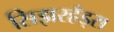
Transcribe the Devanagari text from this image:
सिझरहँड्स